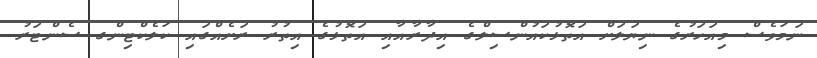
ނަމަވެސް މިއަހަރުގެ ނިޔަލަށް އަތޮޅުކައުންސިލްގެ އިދާރާއާއި އަތޮޅުގެ އިތުރު ރަށެއްގައި ކަލެކްޓިންގ ސެންޓަރު